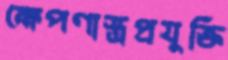
ক্ষেপণাস্ত্রপ্রযুক্তি